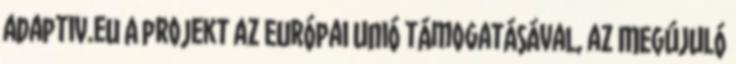
adaptiv.eu A projekt az Európai Unió támogatásával, az MEGÚJULÓ